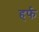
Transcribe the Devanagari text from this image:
हर्फ